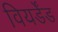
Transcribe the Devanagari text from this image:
वियर्डेंड